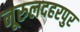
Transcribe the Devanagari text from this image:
नूरुलदहरपुर